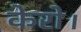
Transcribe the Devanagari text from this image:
केरो।